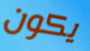
يكون